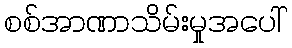
စစ်အာဏာသိမ်းမှုအပေါ်